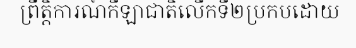
ព្រឹត្តិការណ៍កីឡាជាតិលើកទី២ប្រកបដោយ